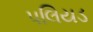
પલિયડ